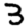
Digit: 3